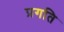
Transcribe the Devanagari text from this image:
प्रगति